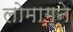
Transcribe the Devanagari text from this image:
लोमाग्ने